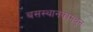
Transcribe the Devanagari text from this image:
बसस्थानकामधून